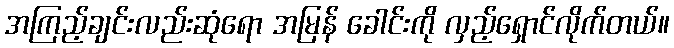
အကြည့်ချင်းလည်းဆုံရော အမြန် ခေါင်းကို လှည့်ရှောင်လိုက်တယ်။